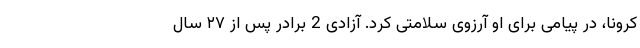
کرونا، در پیامی برای او آرزوی سلامتی کرد. آزادی 2 برادر پس از ۲۷ سال